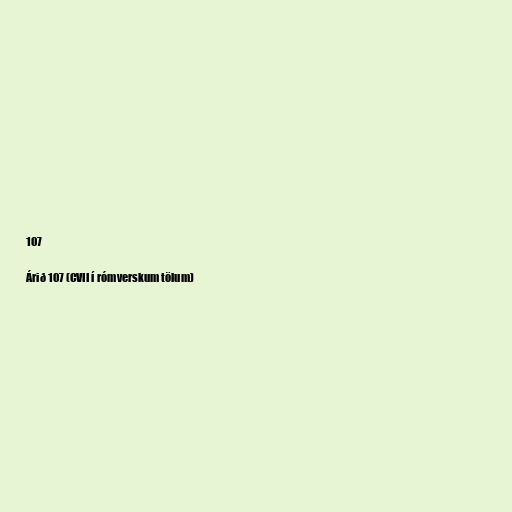
107

Árið 107 (CVII í rómverskum tölum)